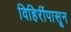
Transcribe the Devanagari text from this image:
विहिरींपासून